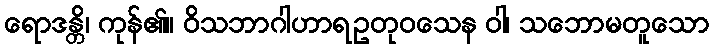
ရောဒန္တိ၊ ကုန်၏။ ဝိသဘာဂါဟာရဥတုဝသေန ဝါ၊ သဘောမတူသော